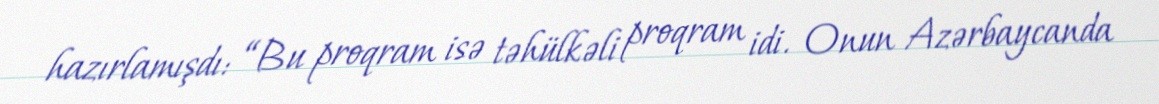
hazırlamışdı: “Bu proqram isə təhülkəli proqram idi. Onun Azərbaycanda